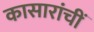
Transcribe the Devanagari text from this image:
कासारांचीं